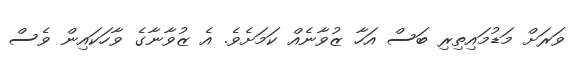
ވަރަށް މަޑުމައިތިރި ބަސް އަހާ ޒުވާނެއް ކަމަށެވެ. އެ ޒުވާނާގެ ވާހަކައިން ވެސް